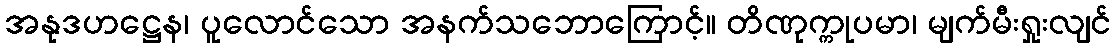
အနုဒဟဋ္ဌေန၊ ပူလောင်သော အနက်သဘောကြောင့်။ တိဏုက္ကုပမာ၊ မျက်မီးရှုးလျင်